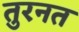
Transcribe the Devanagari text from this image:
तुरनत